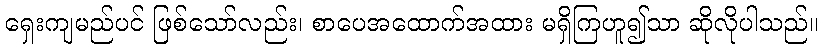
ရှေးကျမည်ပင် ဖြစ်သော်လည်း၊ စာပေအထောက်အထား မရှိကြဟူ၍သာ ဆိုလိုပါသည်။